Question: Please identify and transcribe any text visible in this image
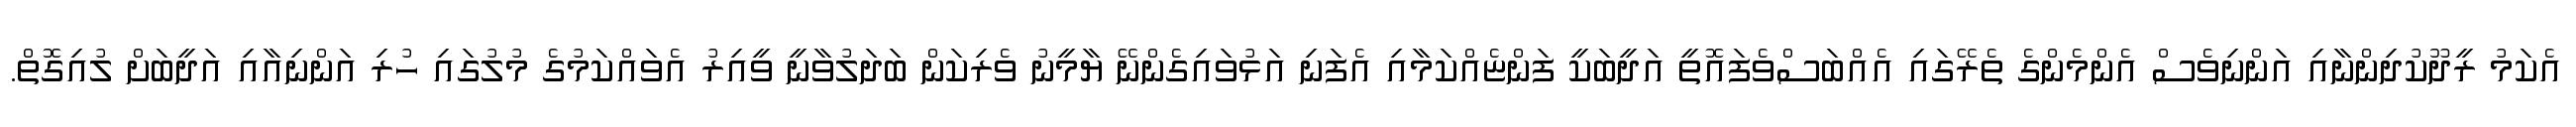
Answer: އެކަމު ރީދޫކުދިންނާއި އަންނިވެސް އެންމެންގެ ތެރޭގައި އެއްބަސްވެފައޮތީ އަދީބަކީ ފަންޏެއްކަމާއި އެފަނި އަޅުވައިގެންނޭ ޔާމީނު ވެރިކަން ބަދަލުވާނީ ވީއިރު އެވައްކަމުގެ މުލުގައި ހުރި އަންނިއާއި އަދީބަށް ލުއިގޮތް.